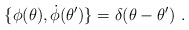
\begin{align*}\{\phi (\theta ),\dot \phi (\theta ^{\prime })\}=\delta (\theta -\theta^{\prime })\ .\end{align*}